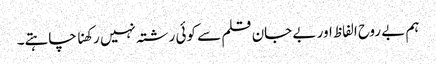
ہم بے روح الفاظ اور بے جان قلم سے کوئی رشتہ نہیں رکھنا چاہتے۔